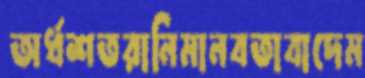
অর্ধশতরানিমানবতাবাদেম